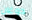
دوغان